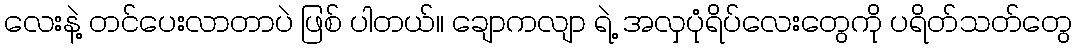
လေးနဲ့ တင်ပေးလာတာပဲ ဖြစ် ပါတယ်၊၊ ချောကလျာ ရဲ့ အလှပုံရိပ်လေးတွေကို ပရိတ်သတ်တွေ